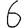
Digit: 6